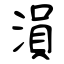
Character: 溳